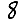
Digit: 8